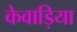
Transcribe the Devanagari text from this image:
केवाड़िया